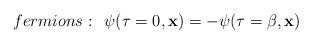
LaTeX: \begin{align*}fermions:\,\;\psi (\tau =0,{\bf x})=-\psi (\tau =\beta ,{\bf x})\end{align*}